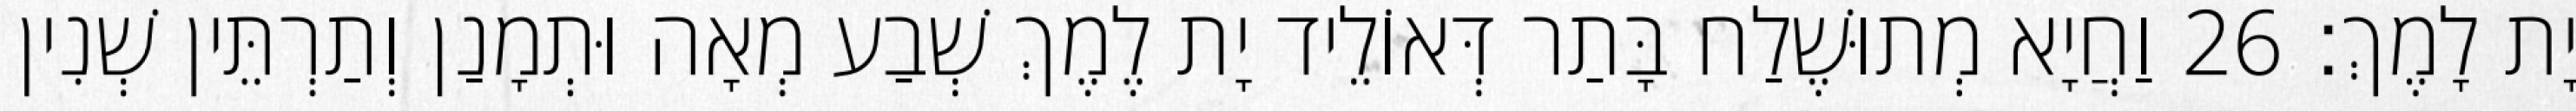
יָת לָמֶךְ׃ 26 וַחֲיָא מְתוּשֶׁלַח בָּתַר דְּאוֹלֵיד יָת לֶמֶךְ שְׁבַע מְאָה וּתְמָנַן וְתַרְתֵּין שְׁנִין